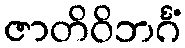
ဇာတိဝိဘင်္ဂံ